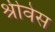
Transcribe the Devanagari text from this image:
श्रीवेस